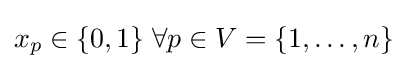
x_{p}\in \{0,1\}\;\forall p\in V=\{1,\dots ,n\}